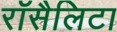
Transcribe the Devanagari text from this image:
रॉसैलिटा